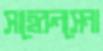
সাহেরুনসেনা